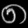
Digit: ၈